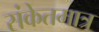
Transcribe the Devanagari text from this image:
संकेतमात्र